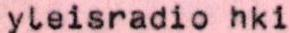
yleisradio hki